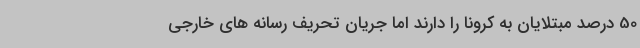
50 درصد مبتلایان به کرونا را دارند اما جریان تحریف رسانه های خارجی